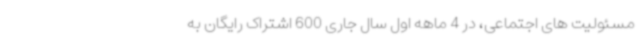
مسئولیت های اجتماعی، در 4 ماهه اول سال جاری 600 اشتراک رایگان به